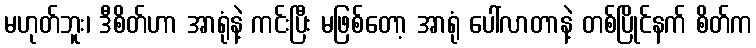
မဟုတ်ဘူး၊ ဒီစိတ်ဟာ အာရုံနဲ့ ကင်းပြီး မဖြစ်တော့ အာရုံ ပေါ်လာတာနဲ့ တစ်ပြိုင်နက် စိတ်က